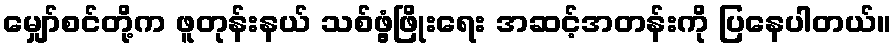
မျှော်စင်တို့က ဖူတုန်းနယ် သစ်ဖွံ့ဖြိုးရေး အဆင့်အတန်းကို ပြနေပါတယ်။